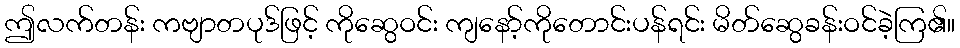
ဤလက်တန်း ကဗျာတပုဒ်ဖြင့် ကိုဆွေဝင်း ကျနော့်ကိုတောင်းပန်ရင်း မိတ်ဆွေခန်းဝင်ခဲ့ကြ၏။